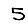
Digit: 5